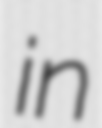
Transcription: in